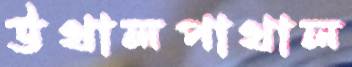
উথালপাথাল